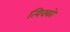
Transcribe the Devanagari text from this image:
त्यिक्को